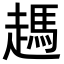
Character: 𧽙